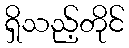
ရှိသည့်တိုင်